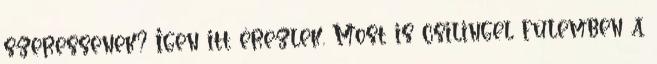
szeressenek? Igen itt érezlek. Most is csilingel fülemben a